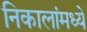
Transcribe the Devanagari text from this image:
निकालांमध्ये